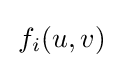
\,f_{i}(u,v)